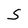
Character: S